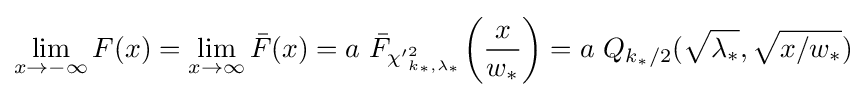
\lim _{x\to -\infty }F(x)=\lim _{x\to \infty }{\bar {F}}(x)=a\ {\bar {F}}_{{\chi '}_{k_{*},\lambda _{*}}^{2}}\!\left({\frac {x}{w_{*}}}\right)=a\ Q_{k_{*}/2}({\sqrt {\lambda _{*}}},{\sqrt {x/w_{*}}})